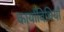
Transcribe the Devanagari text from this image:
कार्याविधियाँ